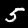
Digit: 5